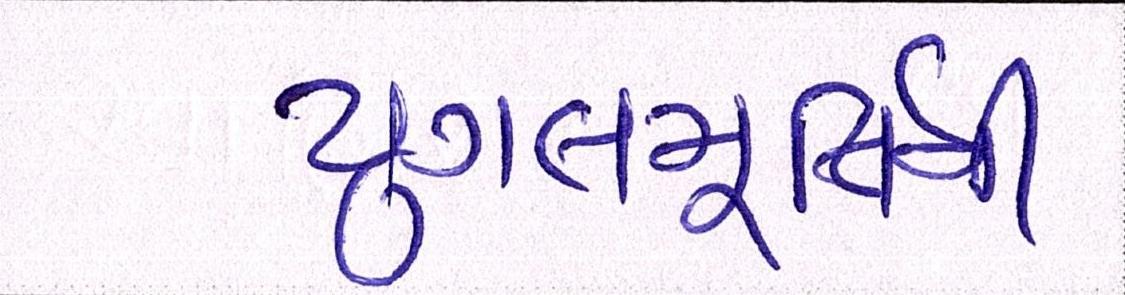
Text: યુગલમૂર્તિની